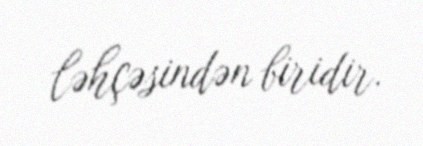
ləhçəsindən biridir.